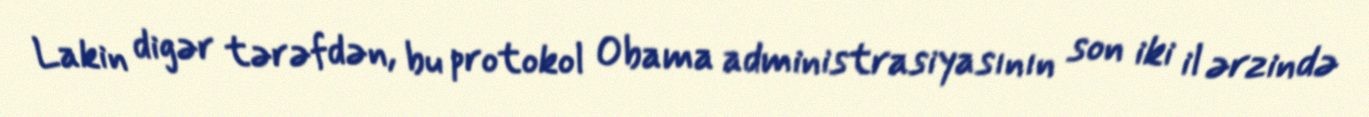
Lakin digər tərəfdən, bu protokol Obama administrasiyasının son iki il ərzində